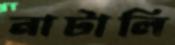
নাটালি